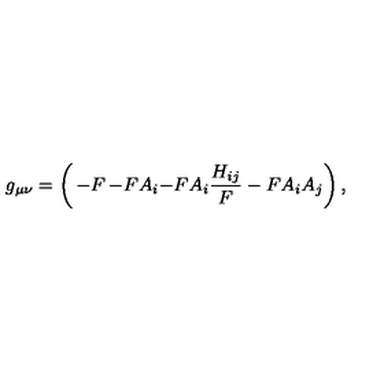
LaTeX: g _ { \mu \nu } = \left( \begin{matrix} { - F } & { - F A _ { i } } \\ { - F A _ { i } } & { \frac { H _ { i j } } { F } - F A _ { i } A _ { j } } \\ \end{matrix} \right) ,